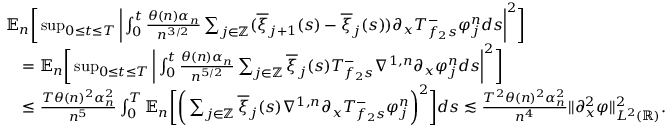
\begin{array} { r l } & { \mathbb { E } _ { n } \bigg [ \operatorname* { s u p } _ { 0 \le t \le T } \bigg | \int _ { 0 } ^ { t } \frac { \theta ( n ) \alpha _ { n } } { n ^ { 3 / 2 } } \sum _ { j \in \mathbb { Z } } ( \overline { { \xi } } _ { j + 1 } ( s ) - \overline { { \xi } } _ { j } ( s ) ) \partial _ { x } T _ { f _ { 2 } s } ^ { - } \varphi _ { j } ^ { n } d s \bigg | ^ { 2 } \bigg ] } \\ & { \quad = \mathbb { E } _ { n } \bigg [ \operatorname* { s u p } _ { 0 \le t \le T } \bigg | \int _ { 0 } ^ { t } \frac { \theta ( n ) \alpha _ { n } } { n ^ { 5 / 2 } } \sum _ { j \in \mathbb { Z } } \overline { { \xi } } _ { j } ( s ) T _ { f _ { 2 } s } ^ { - } \nabla ^ { 1 , n } \partial _ { x } \varphi _ { j } ^ { n } d s \bigg | ^ { 2 } \bigg ] } \\ & { \quad \le \frac { T \theta ( n ) ^ { 2 } \alpha _ { n } ^ { 2 } } { n ^ { 5 } } \int _ { 0 } ^ { T } \mathbb { E } _ { n } \bigg [ \bigg ( \sum _ { j \in \mathbb { Z } } \overline { { \xi } } _ { j } ( s ) \nabla ^ { 1 , n } \partial _ { x } T _ { f _ { 2 } s } ^ { - } \varphi _ { j } ^ { n } \bigg ) ^ { 2 } \bigg ] d s \lesssim \frac { T ^ { 2 } \theta ( n ) ^ { 2 } \alpha _ { n } ^ { 2 } } { n ^ { 4 } } \| \partial _ { x } ^ { 2 } \varphi \| _ { L ^ { 2 } ( \mathbb { R } ) } ^ { 2 } . } \end{array}